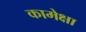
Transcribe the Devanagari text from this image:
कामेक्षा